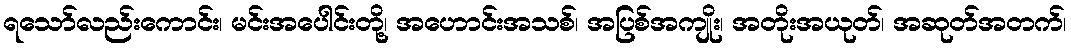
ရသော်လည်းကောင်း၊ မင်းအပေါင်းတို့၊ အဟောင်းအသစ်၊ အပြစ်အကျိုး၊ အတိုးအယုတ်၊ အဆုတ်အတက်၊